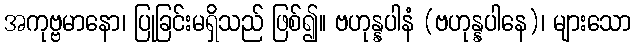
အကုဗ္ဗမာနော၊ ပြုခြင်းမရှိသည် ဖြစ်၍။ ဗဟုန္နပါနံ (ဗဟုန္နပါနေ)၊ များသော